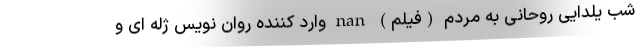
شب یلدایی روحانی به مردم (فیلم) nan وارد کننده روان نویس ژله ای و